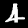
Digit: 4